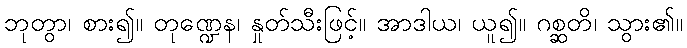
ဘုတွာ၊ စား၍။ တုဏ္ဍေန၊ နှုတ်သီးဖြင့်။ အာဒါယ၊ ယူ၍။ ဂစ္ဆတိ၊ သွား၏။